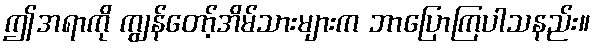
ဤအရာကို ကျွန်တော့်အိမ်သားများက ဘာပြောကြပါသနည်း။